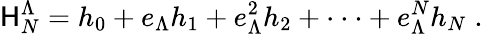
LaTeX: \mathsf{H}_{N}^{\Lambda}=h_{0}+e_{\Lambda}h_{1}+e_{\Lambda}^{2}h_{2}+\cdot\cdot\cdot+e_{\Lambda}^{N}h_{N}\; .